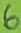
Text: 6